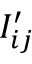
I _ { i j } ^ { \prime }